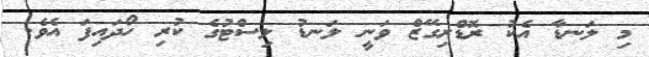
މި ލަނޑާ އެކު ރޮޑްރިގޭޒް ވަނީ ލަނޑު ލިސްޓުގެ ކުރި ހޯދައިފަ އެވެ.